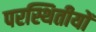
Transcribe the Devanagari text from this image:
परस्थितीयों